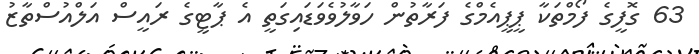
63 ގޮފީގެ ފޯމްތަކާ ޕީޕީއެމްގެ ފަރާތުން ހަވާލުވެވަޑައިގަތީ އެ ޕާޓީގެ ރައީސް އަލްއުސްތާޒު